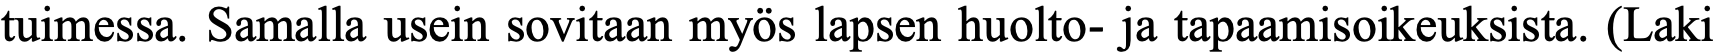
tuimessa. Samalla usein sovitaan myös lapsen huolto- ja tapaamisoikeuksista. (Laki